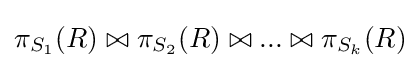
\pi _{S_{1}}(R)\bowtie \pi _{S_{2}}(R)\bowtie ...\bowtie \pi _{S_{k}}(R)